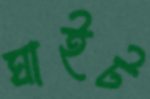
ঘাইট